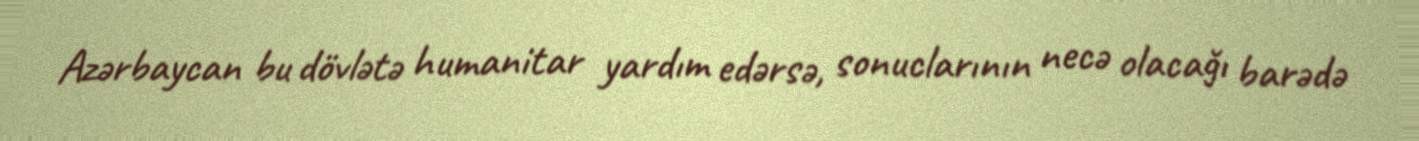
Azərbaycan bu dövlətə humanitar yardım edərsə, sonuclarının necə olacağı barədə